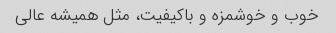
خوب و خوشمزه و باکیفیت، مثل همیشه عالی